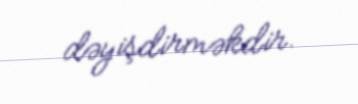
dəyişdirməkdir.